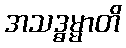
အသဒ္ဓမ္မာတိ